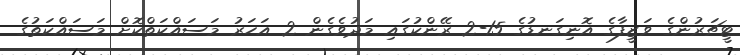
ޓީޗަރުންގެ ވަޒީފާގެ އޮނިގަނޑުގެ 15-2 ރޭންކުގައި މަދުވެގެން 2 އަހަރު މަސައްކަތްކޮށް މަސައްކަތުގެ